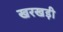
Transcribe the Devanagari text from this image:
खरखड़ी